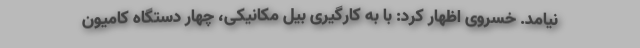
نیامد. خسروی اظهار کرد: با به کارگیری بیل مکانیکی، چهار دستگاه کامیون